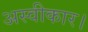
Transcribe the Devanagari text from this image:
अस्वीकार।